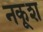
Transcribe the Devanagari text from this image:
नकूश